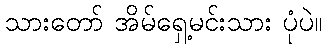
သားတော် အိမ်ရှေ့မင်းသား ပုံပဲ။